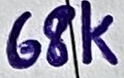
Text: 68K